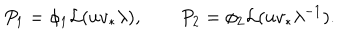
P _ { 1 } = \phi _ { 1 } { \cal L } ( u v _ { * } \lambda ) , \qquad P _ { 2 } = \phi _ { 2 } { \cal L } ( u v _ { * } \lambda ^ { - 1 } ) .